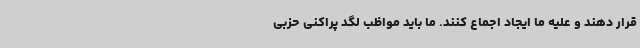
قرار دهند و علیه ما ایجاد اجماع کنند. ما باید مواظب لگد پراکنی حزبی